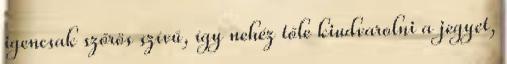
igencsak szőrös szívű, így nehéz tőle kiudvarolni a jegyet,